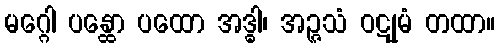
မဂ္ဂေါ ပန္ထော ပထော အဒ္ဓါ၊ အဉ္ဇသံ ဝဋုမံ တထာ။